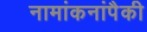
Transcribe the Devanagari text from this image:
नामांकनांपैकी